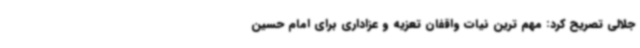
جلالی تصریح کرد: مهم ترین نیات واقفان تعزیه و عزاداری برای امام حسین